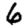
Digit: 6